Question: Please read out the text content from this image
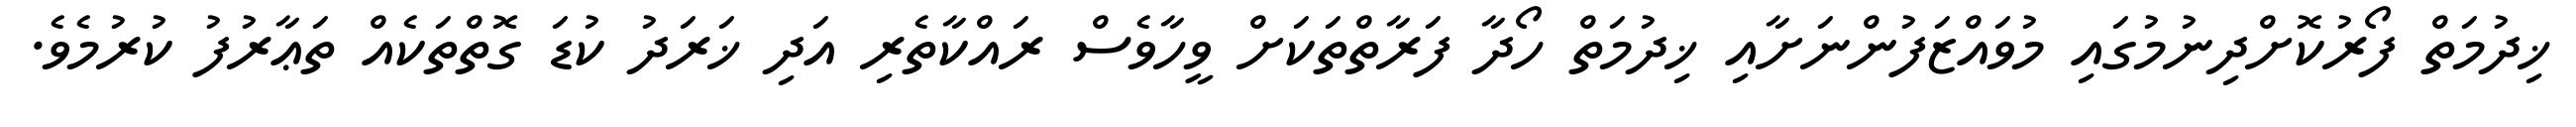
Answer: ޚިދުމަތް ފޯރުކޮށްދިނުމުގައި މުވައްޒަފުންނަށާއި ޚިދުމަތް ހޯދާ ފަރާތްތަކަށް ވީހާވެސް ރައްކާތެރި އަދި ޚަރަދު ކުޑަ ގޮތްތަކެއް ތަޢާރުފު ކުރުމެވެ.